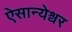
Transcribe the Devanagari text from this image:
ऐसान्येश्वर